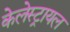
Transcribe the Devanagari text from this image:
केलेस्ट्रायल